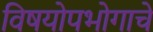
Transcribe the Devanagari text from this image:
विषयोपभोगाचे